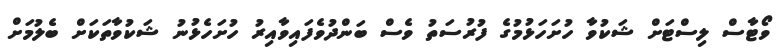
ވޯޓާސް ލިސްޓަށް ޝަކުވާ ހުށަހަޅުމުގެ ފުރުސަތު ވެސް ބަންދުވެފައިވާއިރު ހުށަހެޅުނު ޝަކުވާތަކަށް ބެލުމަށް